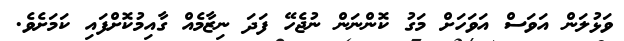
ވަޅުލަން އަވަސް އަވަހަށް މަގު ކޮންނަން ނުޖެހޭ ފަދަ ނިޒާމެއް ގާއިމުކޮށްފައި ކަމަށެވެ.